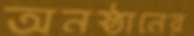
অনষ্ঠানের